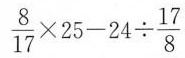
$$\frac{8}{17}\times 25-24 \div \frac{17}{8}$$